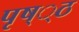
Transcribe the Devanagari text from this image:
पृष््ठ